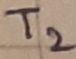
Text: T2